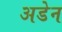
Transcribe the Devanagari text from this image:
अडेन